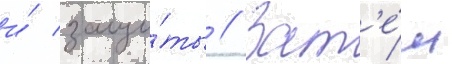
и́ защи́ты // Зат'е́м